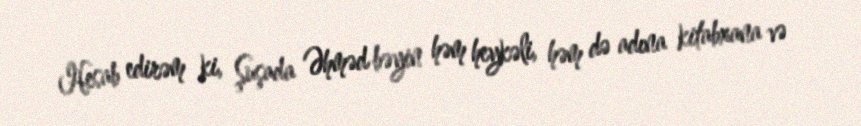
Hesab edirəm ki, Şuşada Əhməd bəyin həm heykəli, həm də adına kitabxana və